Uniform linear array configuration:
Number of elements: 12
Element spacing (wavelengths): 0.5
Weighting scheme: binomial
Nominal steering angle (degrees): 30
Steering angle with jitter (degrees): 30.145
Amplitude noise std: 0.05
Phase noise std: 0.05

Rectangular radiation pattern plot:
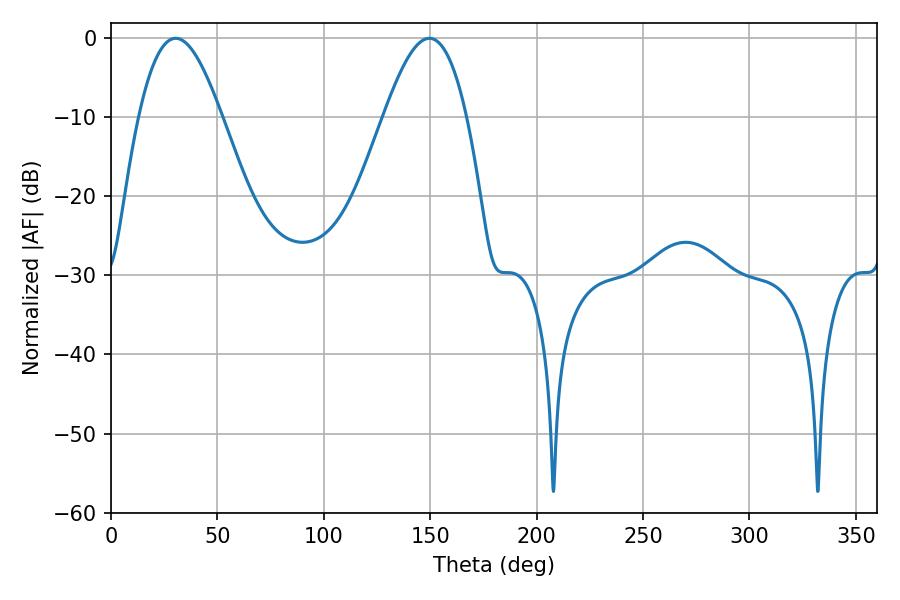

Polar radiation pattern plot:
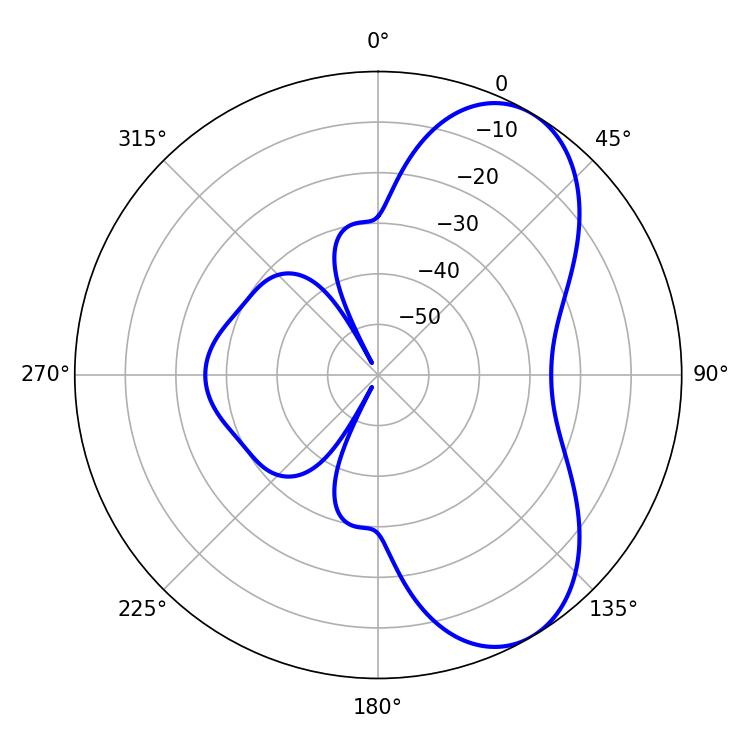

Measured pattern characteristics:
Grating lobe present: FALSE
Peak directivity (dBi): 6.789
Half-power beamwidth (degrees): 21.06
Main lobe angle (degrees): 30.42